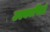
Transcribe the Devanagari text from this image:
उल्कापिडों